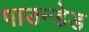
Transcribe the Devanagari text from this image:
पाउन्डेड